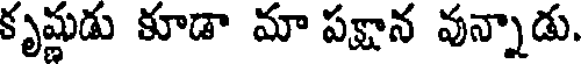
కృష్ణుడు కూడా మా పక్షాన వున్నాడు.